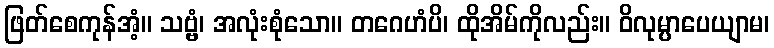
ဖြတ်စေကုန်အံ့။ သဗ္ဗံ၊ အလုံးစုံသော။ တဂေဟံပိ၊ ထိုအိမ်ကိုလည်း။ ဝိလုမ္ပာပေယျာမ၊